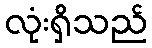
လုံးရှိသည်